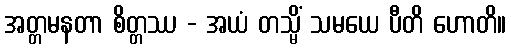
အတ္တမနတာ စိတ္တဿ - အယံ တသ္မိံ သမယေ ပီတိ ဟောတိ။